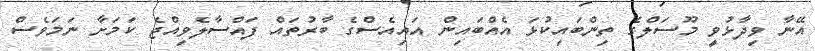
އޭނާ ވިދާޅުވީ މޫސަލްގެ ތިންބައިކުޅަ އެއްބައިން އައިއެސްގެ ބާރުތައް ފައްސާލެވިއްޖެ ކަމަށާ ނަމަވެސް